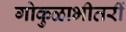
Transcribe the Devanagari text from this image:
गोकुळाभीतरीं